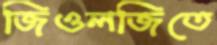
জিওলজিতে